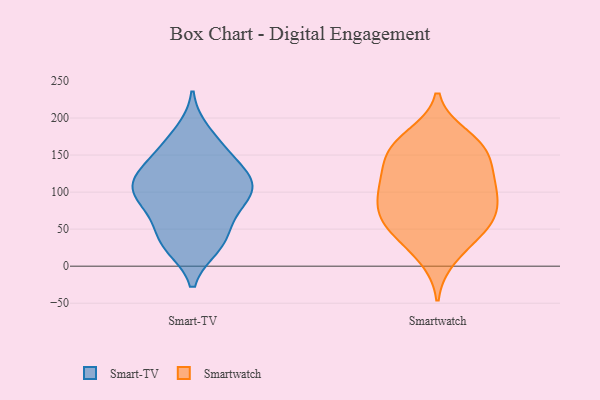
{"axis": {"x": "Churn Rate (%)", "y": "Value"}, "legend": ["Smart-TV", "Smartwatch"], "data": [{"x": "", "y": 157, "type": "Smart-TV"}, {"x": "", "y": 29, "type": "Smart-TV"}, {"x": "", "y": 72, "type": "Smart-TV"}, {"x": "", "y": 44, "type": "Smart-TV"}, {"x": "", "y": 180, "type": "Smart-TV"}, {"x": "", "y": 107, "type": "Smart-TV"}, {"x": "", "y": 89, "type": "Smart-TV"}, {"x": "", "y": 35, "type": "Smart-TV"}, {"x": "", "y": 160, "type": "Smart-TV"}, {"x": "", "y": 130, "type": "Smart-TV"}, {"x": "", "y": 127, "type": "Smart-TV"}, {"x": "", "y": 28, "type": "Smart-TV"}, {"x": "", "y": 103, "type": "Smart-TV"}, {"x": "", "y": 98, "type": "Smart-TV"}, {"x": "", "y": 113, "type": "Smart-TV"}, {"x": "", "y": 84, "type": "Smart-TV"}, {"x": "", "y": 122, "type": "Smart-TV"}, {"x": "", "y": 48, "type": "Smartwatch"}, {"x": "", "y": 129, "type": "Smartwatch"}, {"x": "", "y": 79, "type": "Smartwatch"}, {"x": "", "y": 103, "type": "Smartwatch"}, {"x": "", "y": 154, "type": "Smartwatch"}, {"x": "", "y": 119, "type": "Smartwatch"}, {"x": "", "y": 78, "type": "Smartwatch"}, {"x": "", "y": 159, "type": "Smartwatch"}, {"x": "", "y": 109, "type": "Smartwatch"}, {"x": "", "y": 71, "type": "Smartwatch"}, {"x": "", "y": 12, "type": "Smartwatch"}, {"x": "", "y": 165, "type": "Smartwatch"}, {"x": "", "y": 156, "type": "Smartwatch"}, {"x": "", "y": 57, "type": "Smartwatch"}, {"x": "", "y": 175, "type": "Smartwatch"}, {"x": "", "y": 61, "type": "Smartwatch"}, {"x": "", "y": 107, "type": "Smartwatch"}, {"x": "", "y": 33, "type": "Smartwatch"}]}